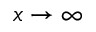
x \to \infty